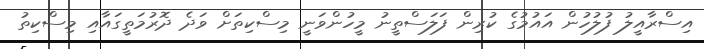
އިސްރާއީލު ފުލުހުން އައުމުގެ ކުރިން ފަލަސްތީނު މީހުންވަނީ މިސްކިތަށް ވަދެ ދޮރުމަތީގައާއި މިސްކިތު